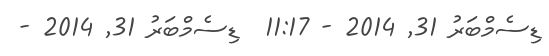
ޑިސެމްބަރު 31